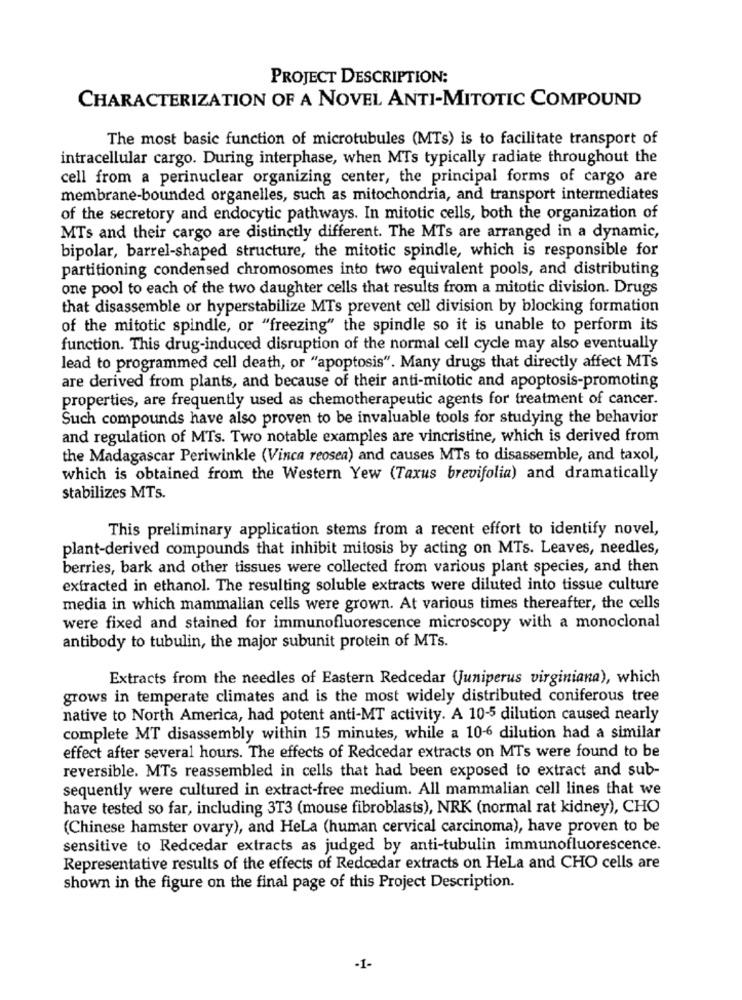
PROJECT DESCRIPTION:
CHARACTERIZATION OF A NOVEL ANTI-MITOTIC COMPOUND
The most basic function of microtubules (MTs) is to facilitate transport of
intracellular cargo. During interphase, when MTs typically radiate throughout the
cell from a perinuclear organizing center, the principal forms of cargo are
membrane-bounded organelles, such as mitochondria, and transport intermediates
of the secretory and endocytic pathways. In mitotic cells, both the organization of
MTs and their cargo are distinctly different. The MTs are arranged in a dynamic,
bipolar, barrel-shaped structure, the mitotic spindle, which is responsible for
partitioning condensed chromosomes into two equivalent pools, and distributing
one pool to each of the two daughter cells that results from a mitotic division. Drugs
that disassemble or hyperstabilize MTs prevent cell division by blocking formation
of the mitotic spindle, or "freezing" the spindle so it is unable to perform its
function. This drug-induced disruption of the normal cell cycle may also eventually
lead to programmed cell death, or "apoptosis". Many drugs that directly affect MTs
are derived from plants, and because of their anti-mitotic and apoptosis-promoting
properties, are frequently used as chemotherapeutic agents for treatment of cancer.
Such compounds have also proven to be invaluable tools for studying the behavior
and regulation of MTs. Two notable examples are vincristine, which is derived from
the Madagascar Periwinkle (Vinca reosea) and causes MTs to disassemble, and taxol,
which is obtained from the Western Yew (Taxus brevifolia) and dramatically
stabilizes MTs.
This preliminary application stems from a recent effort to identify novel,
plant-derived compounds that inhibit mitosis by acting on MTs. Leaves, needles,
berries, bark and other tissues were collected from various plant species, and then
extracted in ethanol. The resulting soluble extracts were diluted into tissue culture
media in which mammalian cells were grown. At various times thereafter, the cells
were fixed and stained for immunofluorescence microscopy with a monoclonal
antibody to tubulin, the major subunit protein of MTs.
Extracts from the needles of Eastern Redcedar (Juniperus virginiana), which
grows in temperate climates and is the most widely distributed coniferous tree
native to North America, had potent anti-MT activity. A 10-5 dilution caused nearly
complete MT disassembly within 15 minutes, while a 10-6 dilution had a similar
effect after several hours. The effects of Redcedar extracts on MTs were found to be
reversible. MTs reassembled in cells that had been exposed to extract and sub-
sequently were cultured in extract-free medium. All mammalian cell lines that we
have tested so far, including 3T3 (mouse fibroblasts), NRK (normal rat kidney), CHO
(Chinese hamster ovary), and HeLa (human cervical carcinoma), have proven to be
sensitive to Redcedar extracts as judged by anti-tubulin immunofluorescence.
Representative results of the effects of Redcedar extracts on Hela and CHO cells are
shown in the figure on the final page of this Project Description.
-1-